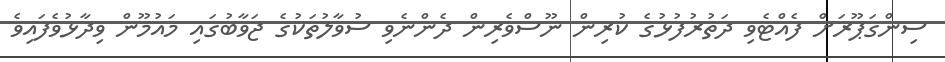
ސިންގަޕޫރަށް ފެއްޓެވި ދަތުރުފުޅުގެ ކުރިން ނޫސްވެރިން ދެންނެވި ސުވާލުތަކުގެ ޖަވާބުގައި މައުމޫން ވިދާޅުވެފައިވެ